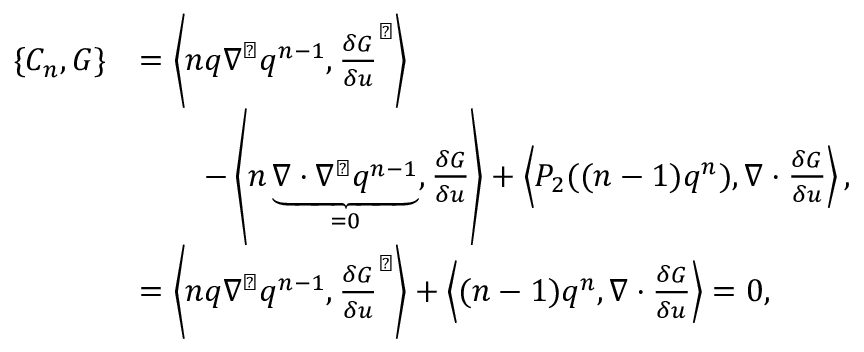
\begin{array} { r l } { \{ C _ { n } , G \} } & { = \left\langle n q \nabla ^ { \perp } q ^ { n - 1 } , \frac { \delta G } { \delta u } ^ { \perp } \right\rangle } \\ & { \qquad - \left\langle n \underbrace { \nabla \cdot \nabla ^ { \perp } q ^ { n - 1 } } _ { = 0 } , \frac { \delta G } { \delta u } \right\rangle + \left\langle P _ { 2 } ( ( n - 1 ) q ^ { n } ) , \nabla \cdot \frac { \delta G } { \delta u } \right\rangle , } \\ & { = \left\langle n q \nabla ^ { \perp } q ^ { n - 1 } , \frac { \delta G } { \delta u } ^ { \perp } \right\rangle + \left\langle ( n - 1 ) q ^ { n } , \nabla \cdot \frac { \delta G } { \delta u } \right\rangle = 0 , } \end{array}